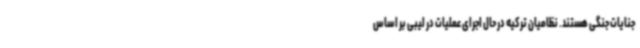
جنایات جنگی هستند. نظامیان ترکیه در حال اجرای عملیات در لیبی بر اساس